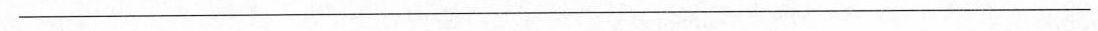
\underline